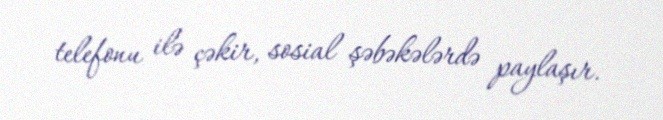
telefonu ilə çəkir, sosial şəbəkələrdə paylaşır.